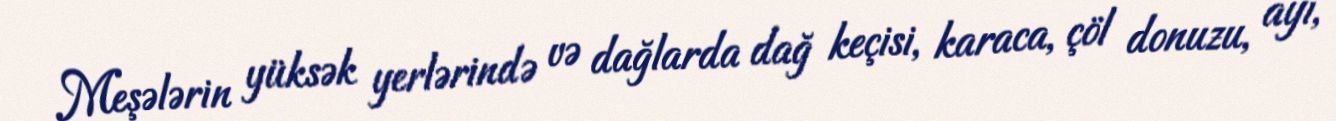
Meşələrin yüksək yerlərində və dağlarda dağ keçisi, karaca, çöl donuzu, ayı,